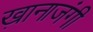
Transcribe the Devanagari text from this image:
ख़ानाजंगी